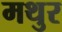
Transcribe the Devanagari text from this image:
मथुर